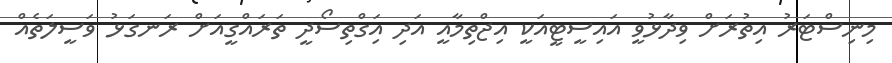
މިނިސްޓަަރު އިތުރަށް ވިދާޅުވީ އައިސީޓީއަކީ އިޖްތިމާއީ އަދި އަިގްތިސޯދީ ތަރައްގީއަށް ރަނގަޅު ވަސީލަތެއް